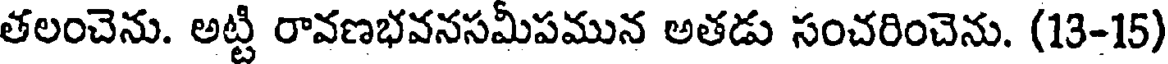
తలంచెను. అట్టి రావణభవనసమీపమున అతడు సంచరించెను. (13-15)